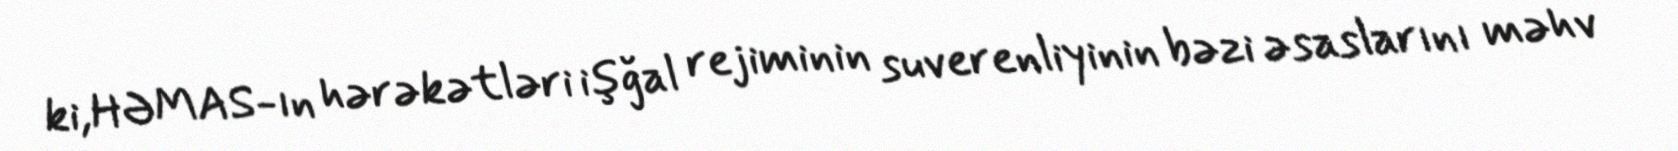
ki,HƏMAS-ın hərəkətləri işğal rejiminin suverenliyinin bəzi əsaslarını məhv